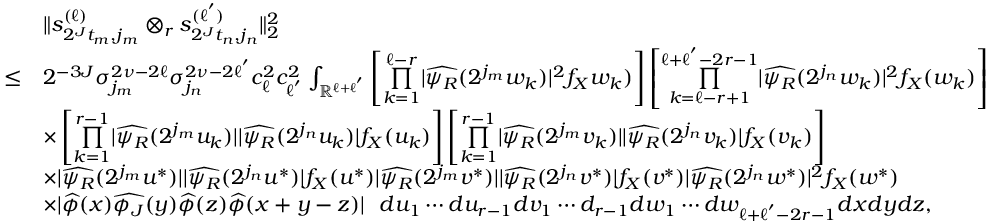
\begin{array} { r l } & { \| s _ { 2 ^ { J } t _ { m } , j _ { m } } ^ { ( \ell ) } \otimes _ { r } s _ { 2 ^ { J } t _ { n } , j _ { n } } ^ { ( \ell ^ { ' } ) } \| _ { 2 } ^ { 2 } } \\ { \leq } & { 2 ^ { - 3 J } \sigma _ { j _ { m } } ^ { 2 \nu - 2 \ell } \sigma _ { j _ { n } } ^ { 2 \nu - 2 \ell ^ { ' } } c _ { \ell } ^ { 2 } c _ { \ell ^ { ' } } ^ { 2 } \int _ { \mathbb { R } ^ { \ell + \ell ^ { ' } } } \left[ \overset { \ell - r } { \underset { k = 1 } { \prod } } | \widehat { \psi _ { R } } ( 2 ^ { j _ { m } } w _ { k } ) | ^ { 2 } f _ { X } w _ { k } ) \right] \left[ \overset { \ell + \ell ^ { ' } - 2 r - 1 } { \underset { k = \ell - r + 1 } { \prod } } | \widehat { \psi _ { R } } ( 2 ^ { j _ { n } } w _ { k } ) | ^ { 2 } f _ { X } ( w _ { k } ) \right] } \\ & { \times \left[ \overset { r - 1 } { \underset { k = 1 } { \prod } } | \widehat { \psi _ { R } } ( 2 ^ { j _ { m } } u _ { k } ) | | \widehat { \psi _ { R } } ( 2 ^ { j _ { n } } u _ { k } ) | f _ { X } ( u _ { k } ) \right] \left[ \overset { r - 1 } { \underset { k = 1 } { \prod } } | \widehat { \psi _ { R } } ( 2 ^ { j _ { m } } v _ { k } ) | | \widehat { \psi _ { R } } ( 2 ^ { j _ { n } } v _ { k } ) | f _ { X } ( v _ { k } ) \right] } \\ & { \times | \widehat { \psi _ { R } } ( 2 ^ { j _ { m } } u ^ { * } ) | | \widehat { \psi _ { R } } ( 2 ^ { j _ { n } } u ^ { * } ) | f _ { X } ( u ^ { * } ) | \widehat { \psi _ { R } } ( 2 ^ { j _ { m } } v ^ { * } ) | | \widehat { \psi _ { R } } ( 2 ^ { j _ { n } } v ^ { * } ) | f _ { X } ( v ^ { * } ) | \widehat { \psi _ { R } } ( 2 ^ { j _ { n } } w ^ { * } ) | ^ { 2 } f _ { X } ( w ^ { * } ) } \\ & { \times | \widehat { \phi } ( x ) \widehat { \phi _ { J } } ( y ) \widehat { \phi } ( z ) \widehat { \phi } ( x + y - z ) | \ \ d u _ { 1 } \cdots d u _ { r - 1 } d v _ { 1 } \cdots d _ { r - 1 } d w _ { 1 } \cdots d w _ { \ell + \ell ^ { ' } - 2 r - 1 } d x d y d z , } \end{array}